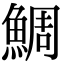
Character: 鯛